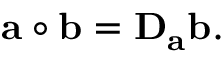
\mathbf { a } \circ \mathbf { b } = \mathbf { D } _ { \mathbf { a } } \mathbf { b } .